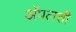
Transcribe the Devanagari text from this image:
अॅपलशी